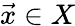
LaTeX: {\vec{x}}\in X